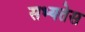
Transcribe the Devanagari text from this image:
सभ्यतेस